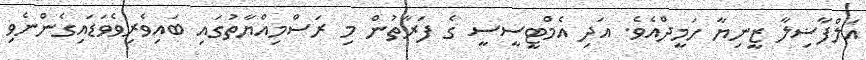
އަލްފާޟިލާ ޒީނިޔާ ހަމީދްއެވެ. އަދި އެމްޓީސީސީ ގެ ފަރާތުން މި ރަސްމިއްޔާތުގައި ބައިވެރިވެވަޑައިގެންނެވި